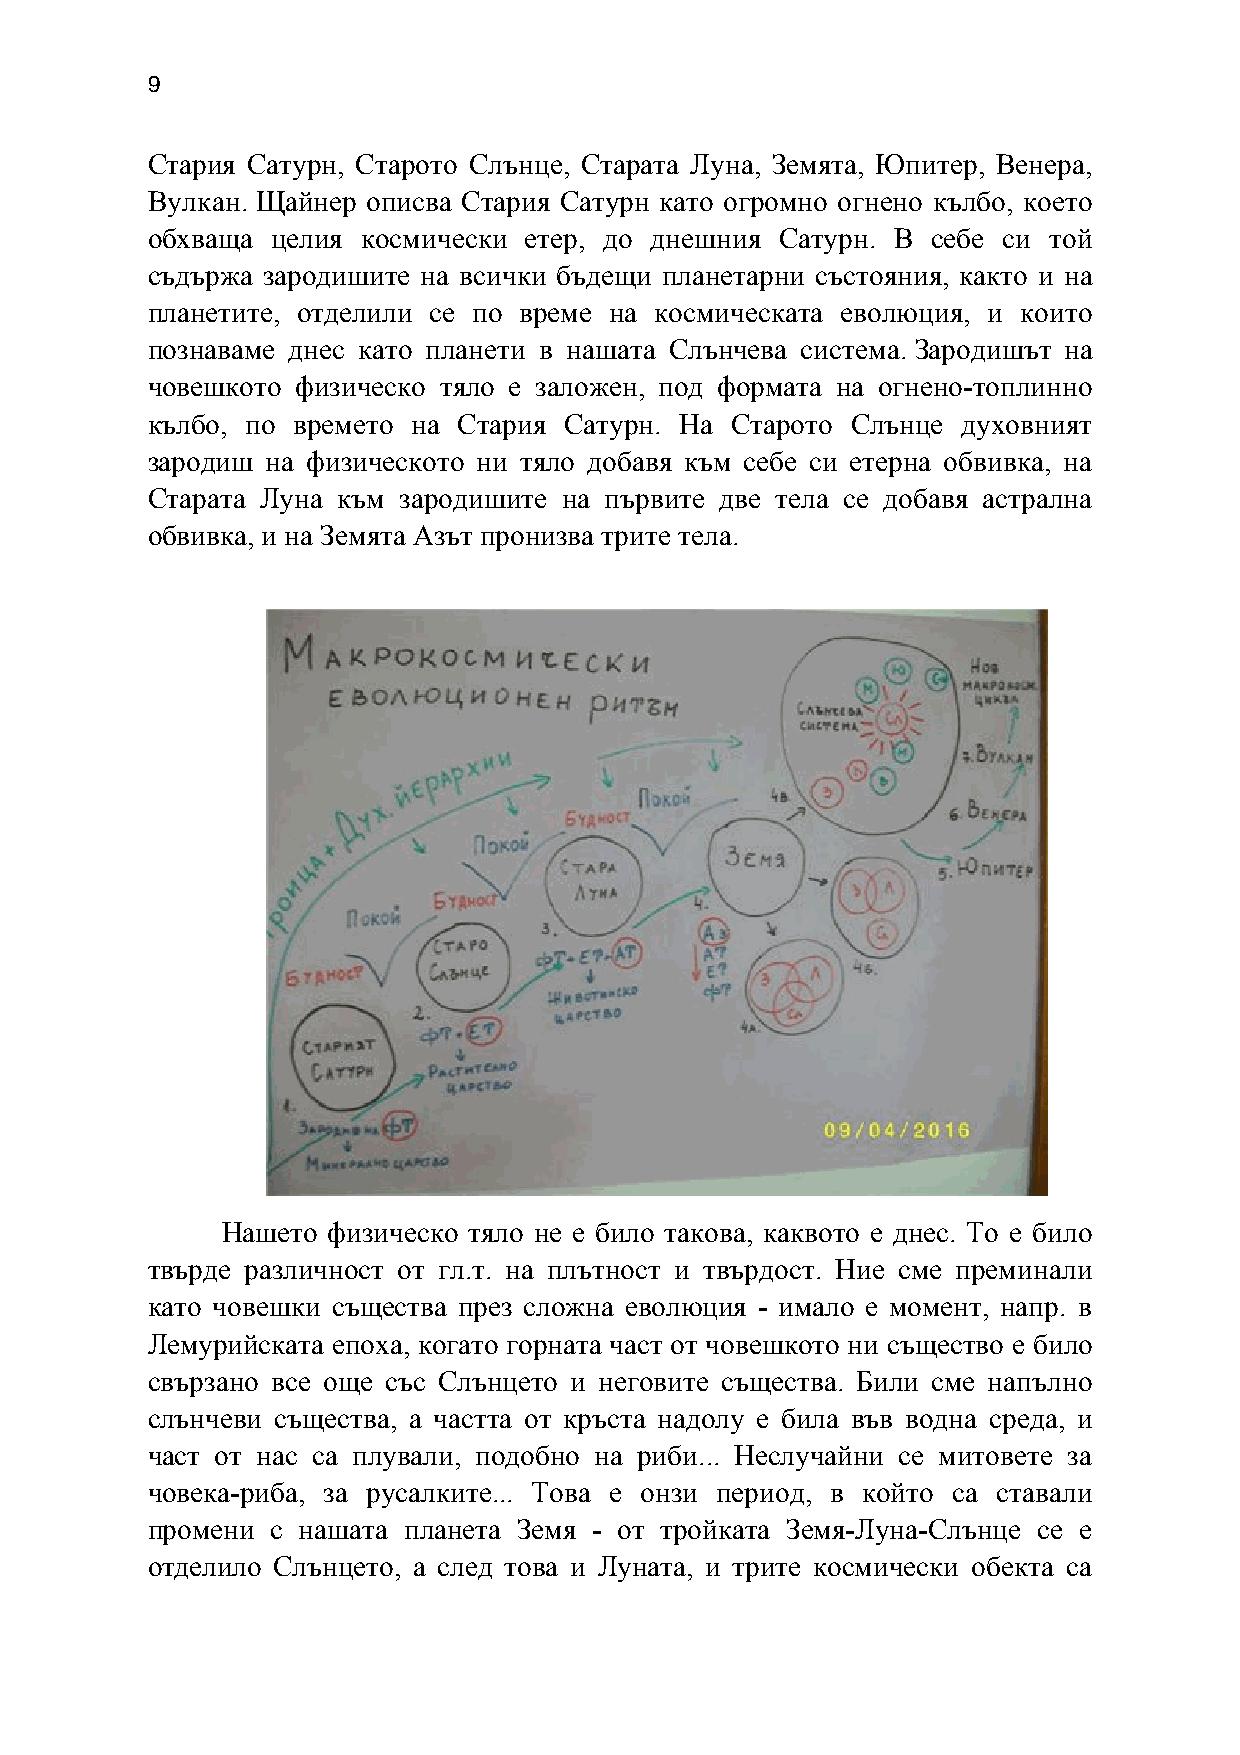
9
 Стария Сатурн, Старото Слънце, Старата Луна, Земята, Юпитер, Венера,
 Вулкан. Щайнер описва Стария Сатурн като огромно огнено кълбо, което
 обхваща целия космически етер, до днешния Сатурн. В себе си той
 съдържа зародишите на всички бъдещи планетарни състояния, както и на
 планетите, отделили се по време на космическата еволюция, и които
 познаваме днес като планети в нашата Слънчева система. Зародишът на
 човешкото физическо тяло е заложен, под формата на огнено-топлинно
 кълбо, по времето на Стария Сатурн. На Старото Слънце духовният
 зародиш на физическото ни тяло добавя към себе си етерна обвивка, на
 Старата Луна към зародишите на първите две тела се добавя астрална
 обвивка, и на Земята Азът пронизва трите тела.
 Нашето физическо тяло не е било такова, каквото е днес. То е било
 твърде различност от гл.т. на плътност и твърдост. Ние сме преминали
 като човешки същества през сложна еволюция - имало е момент, напр. в
 Лемурийската епоха, когато горната част от човешкото ни същество е било
 свързано все още със Слънцето и неговите същества. Били сме напълно
 слънчеви същества, а частта от кръста надолу е била във водна среда, и
 част от нас са плували, подобно на риби... Неслучайни се митовете за
 човека-риба, за русалките... Това е онзи период, в който са ставали
 промени с нашата планета Земя - от тройката Земя-Луна-Слънце се е
 отделило Слънцето, а след това и Луната, и трите космически обекта са